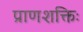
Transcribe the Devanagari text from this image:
प्राणशक्तिः